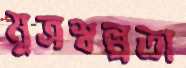
মূত্রস্বল্পতা